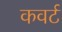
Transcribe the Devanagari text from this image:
कवर्ट